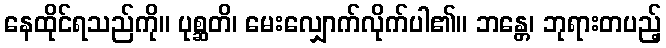
နေထိုင်ရသည်ကို။ ပုစ္ဆတိ၊ မေးလျှောက်လိုက်ပါ၏။ ဘန္တေ၊ ဘုရားတပည့်